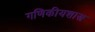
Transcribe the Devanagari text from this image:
गणिकीयशास्त्र